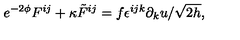
e ^ { - 2 \phi } F ^ { i j } + \kappa { \tilde { F } } ^ { i j } = f \epsilon ^ { i j k } \partial _ { k } u / \sqrt { 2 h } ,